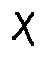
X